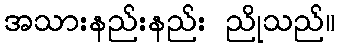
အသားနည်းနည်း ညိုသည်။